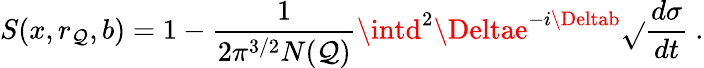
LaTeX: S(x,r_{\mathcal{Q}},b)=1-\frac{{1}}{{2\pi^{3/2}N(\mathcal{Q})}}\intd^{2}\Deltae^{-i\Deltab}\sqrt{}{{\frac{{d\sigma}}{{dt}}}}\ .